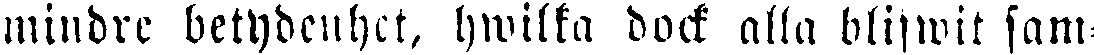
mindre betydenhet, hwilka dock alla blifwit sam-